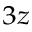
_ { 3 z }